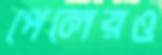
পেলেরও